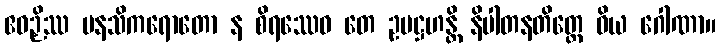
ဧဝဉှိဿ မနသိကရောတော န စိရဿေဝ တေ ဥပဋ္ဌဟန္တိ နိပါတနတိတ္ထေ ဝိယ ဂေါဏာ။